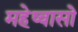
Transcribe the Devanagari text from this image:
महेष्वासो